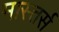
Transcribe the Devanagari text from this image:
मास्तर्स